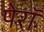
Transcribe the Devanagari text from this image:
पेरॉ